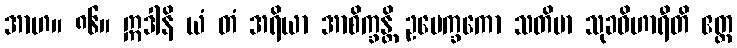
အာဟ။ ၈၆။ ဣဒါနိ ယံ တံ အရိယာ အာစိက္ခန္တိ ဥပေက္ခကော သတိမာ သုခဝိဟာရီတိ ဧတ္ထ